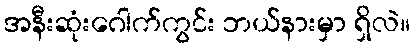
အနီးဆုံးဂေါက်ကွင်း ဘယ်နားမှာ ရှိလဲ။